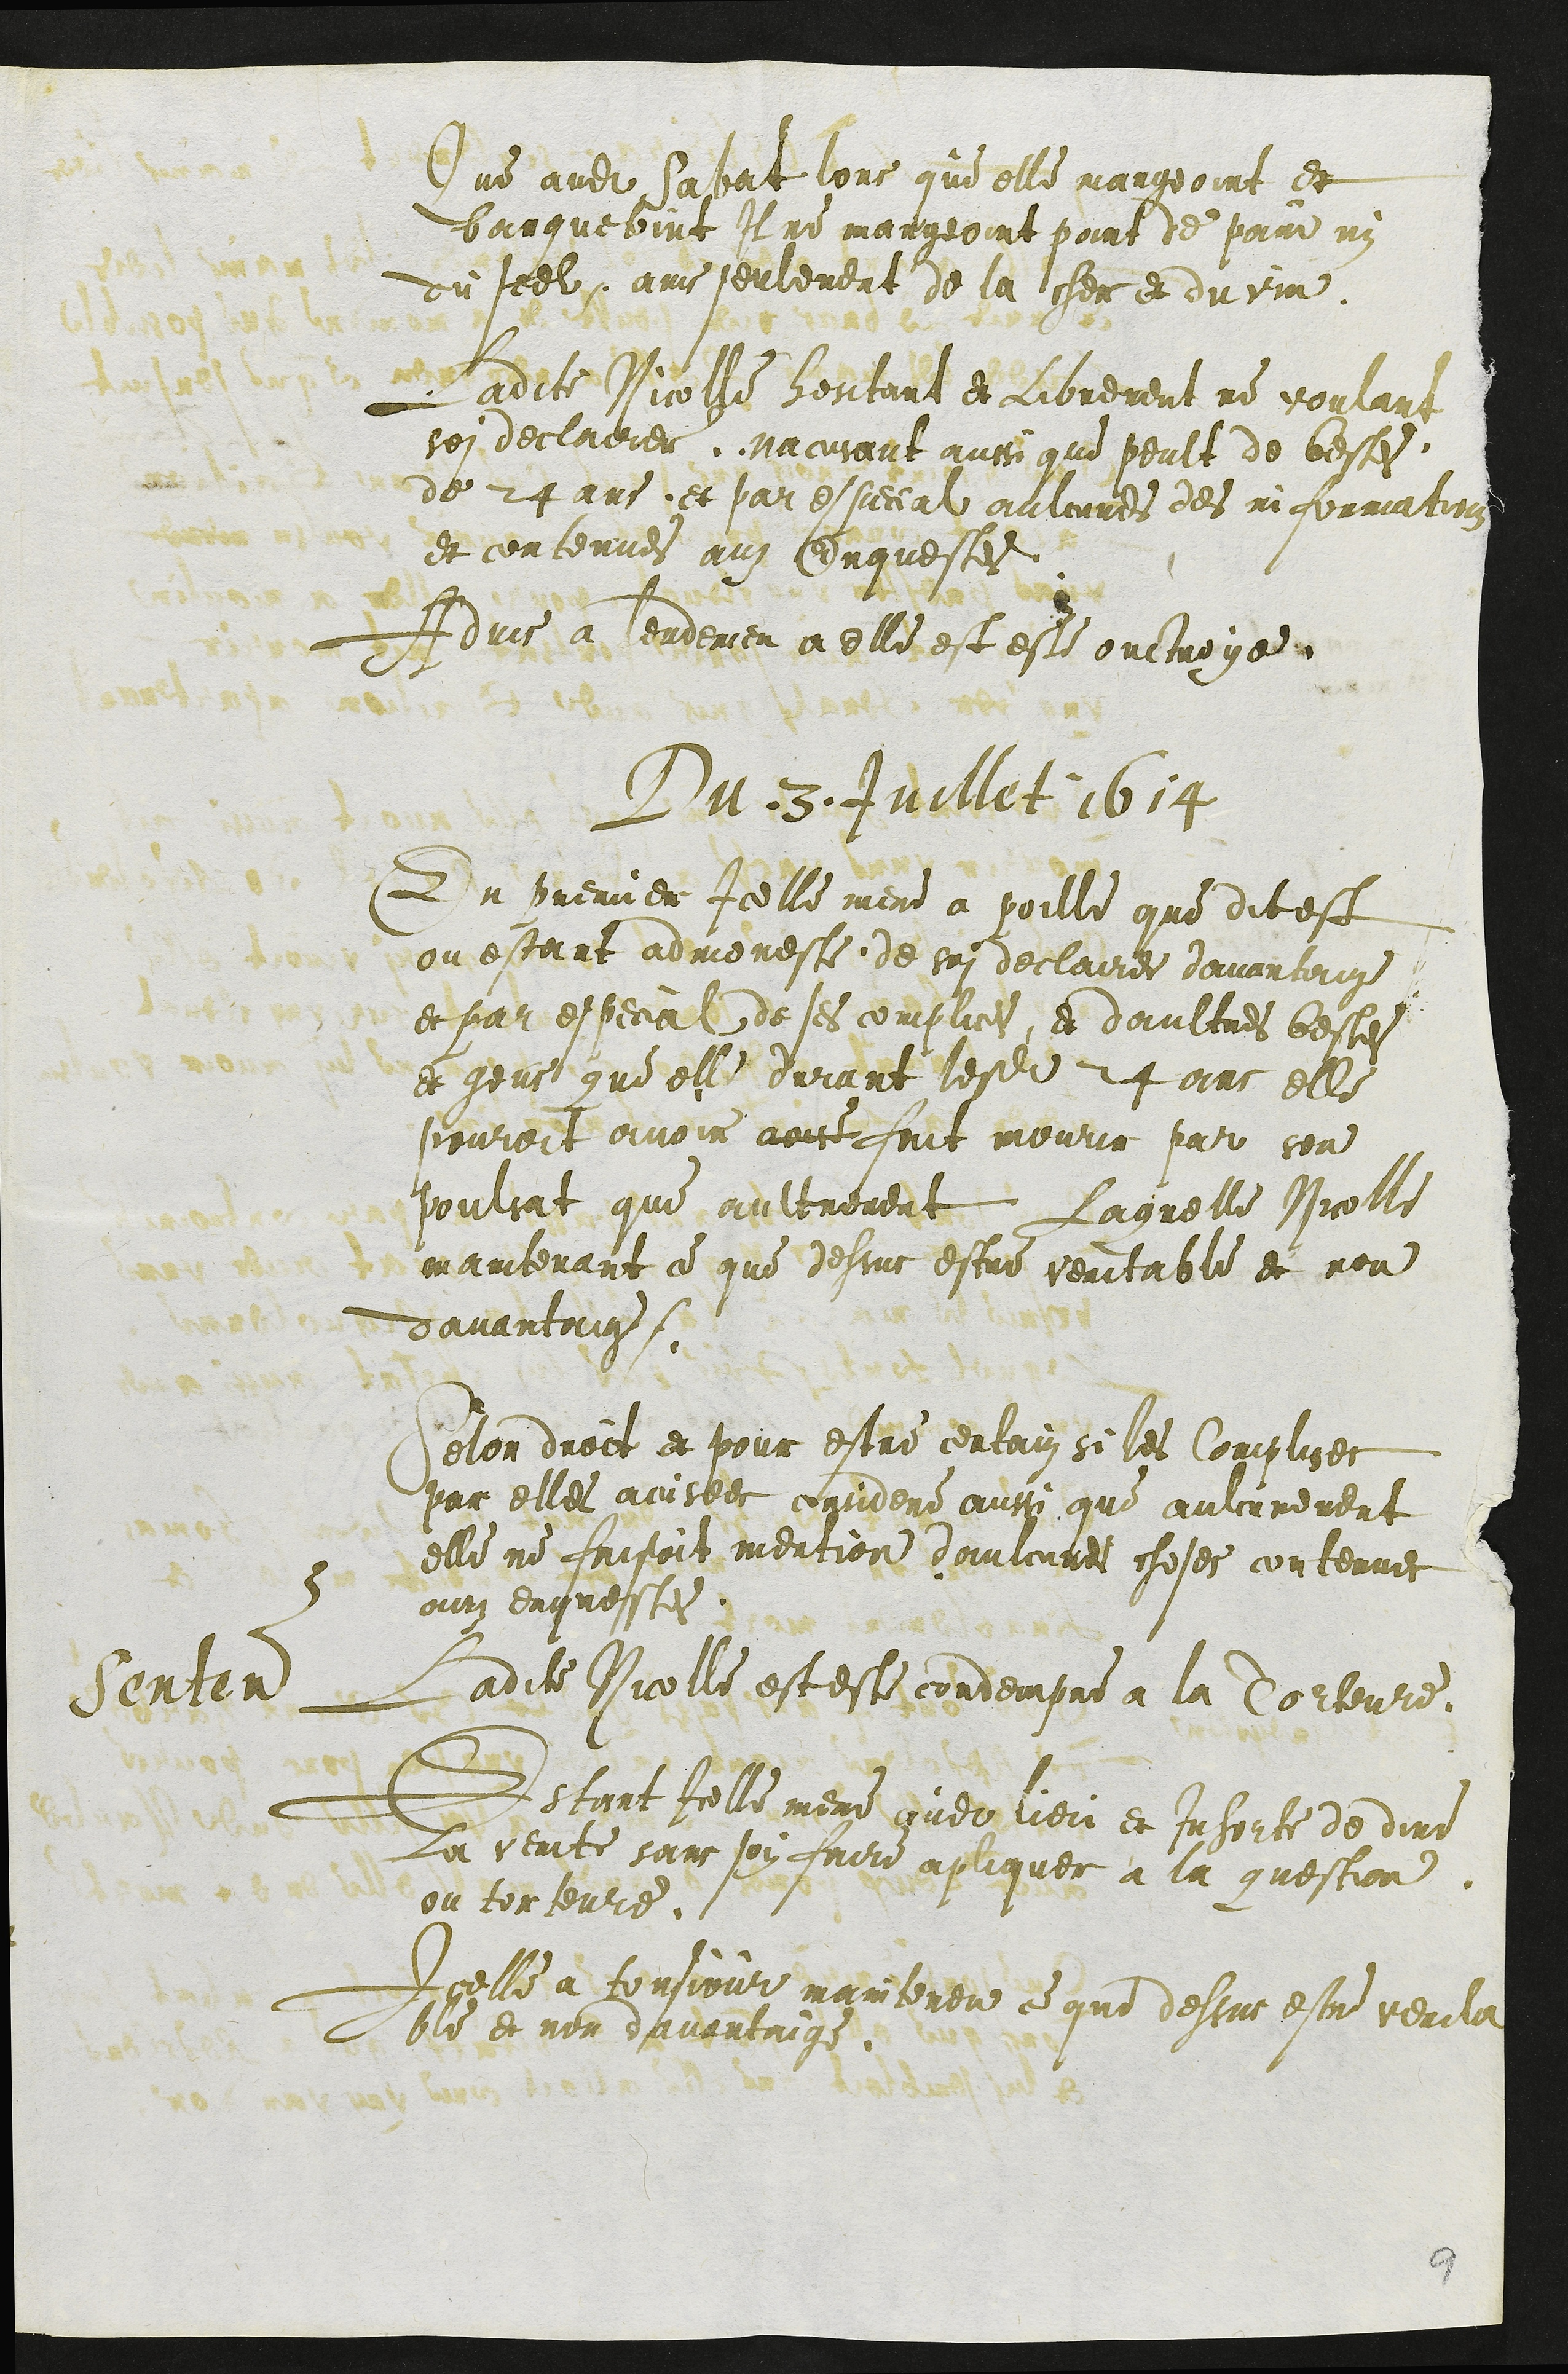
Que audit Sabat lors que elle mangeoint et
banquetoint Il ne mangeoint point de pain ni
du seel, ains seulement de la cher et du vin.
Ladite Nicolle hesitant et librement ne voulant
soi declairer nacusant aussi que peult de bestes
de 24 ans et par especial aulcunes des informations
et contenues auz Enquestes
Advis a lendemen a elle est este ouctroye.
De .3. Juillet 1614
En premier Icelle mene a poille que dit est
ou estant admoneste de soi declairer davantaige
et par especial de ses complices, et daultres bestes
et gens que elle durant lesdits 24 ans elle
pouroit avoir aoste fait mourir par son
poulsat que aultrement Laquelle Nicolle
maintenant ce que dessus estre veritable et non
davantage.
Sentence
Selon droict et pour estre certain si les Complices
par elles acusees considere aussi que aulcunement
elle ne faisoit mention daulcunes choses contenues
auz enquestes
Ladite Nicolle est este condempne a la Torteure.
Estant Icelle mene audit lieu et Inhorte de dire
La verite sans soy faire apliquer a la question
ou torture.
Icelle a tousjour mainteneu ce que dessus estre verita
ble et non davantaige.